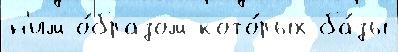
н'им о́бразом кото́рых ба́зы